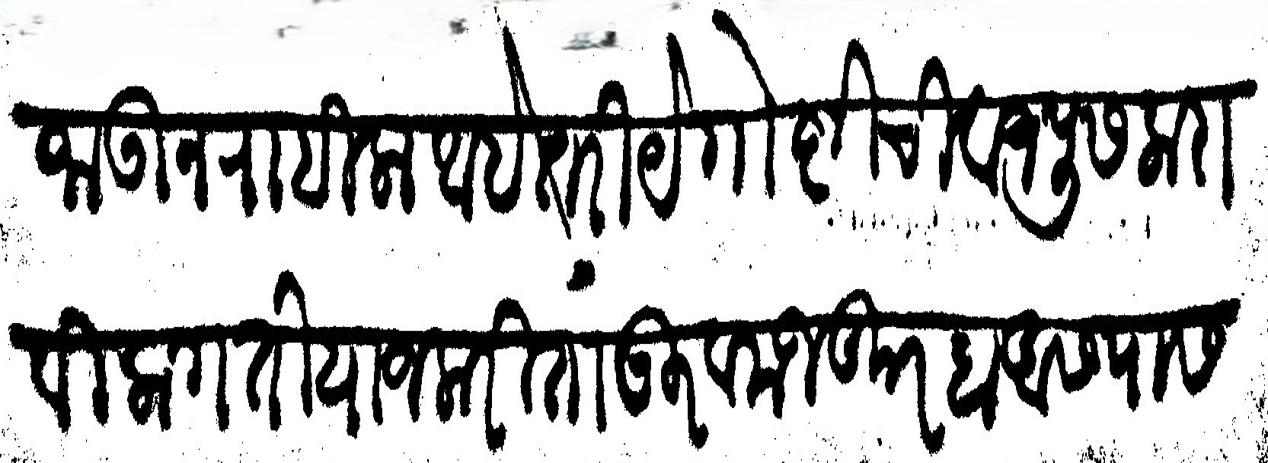
Transliteration (Devanagari): जाऊन राहिला आहे तरी ये गोष्टीची बाजपूस करावी लागती याजकरितां गुरब मजकर हा आसपास